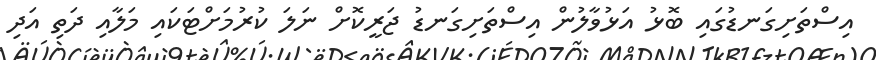
އިސްތަށިގަނޑުގައި ބޮޅު އަޅުވާލުން އިސްތަށިގަނޑު ޖަރީކޮށް ނަލަ ކުރުމަށްޓަކައި މަލާއި ދަތި އަދި